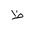
Letter: _za